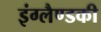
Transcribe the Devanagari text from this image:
इंग्लैण्डकी